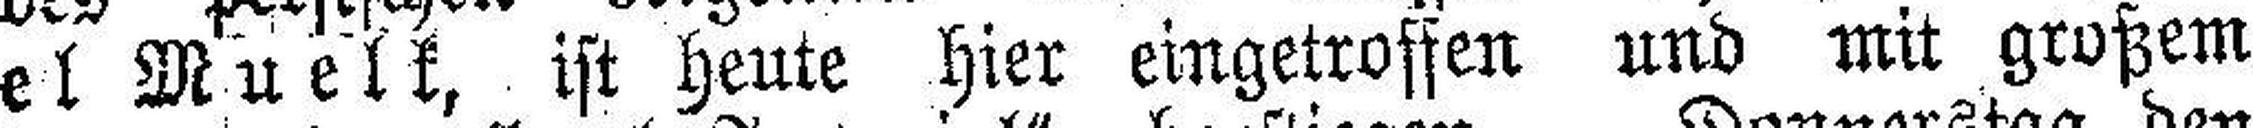
el Muelk, ist heute hier eingetrossen und mit großem